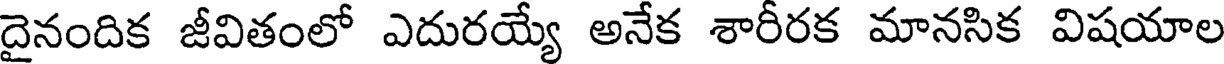
దైనందిక జీవితంలో ఎదురయ్యే అనేక శారీరక మానసిక విషయాల